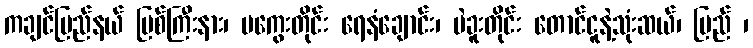
ကချင်ပြည်နယ် မြစ်ကြီးနား၊ မကွေးတိုင်း ရေနံချောင်း၊ ပဲခူးတိုင်း တောင်ငူနဲ့သုံးဆယ်၊ ပြည် ၊